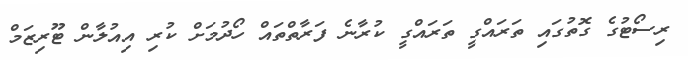
ރިސޯޓުގެ ގޮތުގައި ތަރައްގީ ތަރައްގީ ކުރާނެ ފަރާތްތައް ހޯދުމަށް ކުރި އިއުލާން ޓޫރިޒަމް